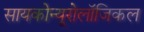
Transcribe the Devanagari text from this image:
सायकोन्यूरोलॉजिकल